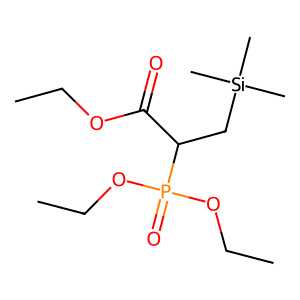
SMILES: CCOC(=O)C(C[Si](C)(C)C)P(=O)(OCC)OCC
Inhibits HIV replication: No